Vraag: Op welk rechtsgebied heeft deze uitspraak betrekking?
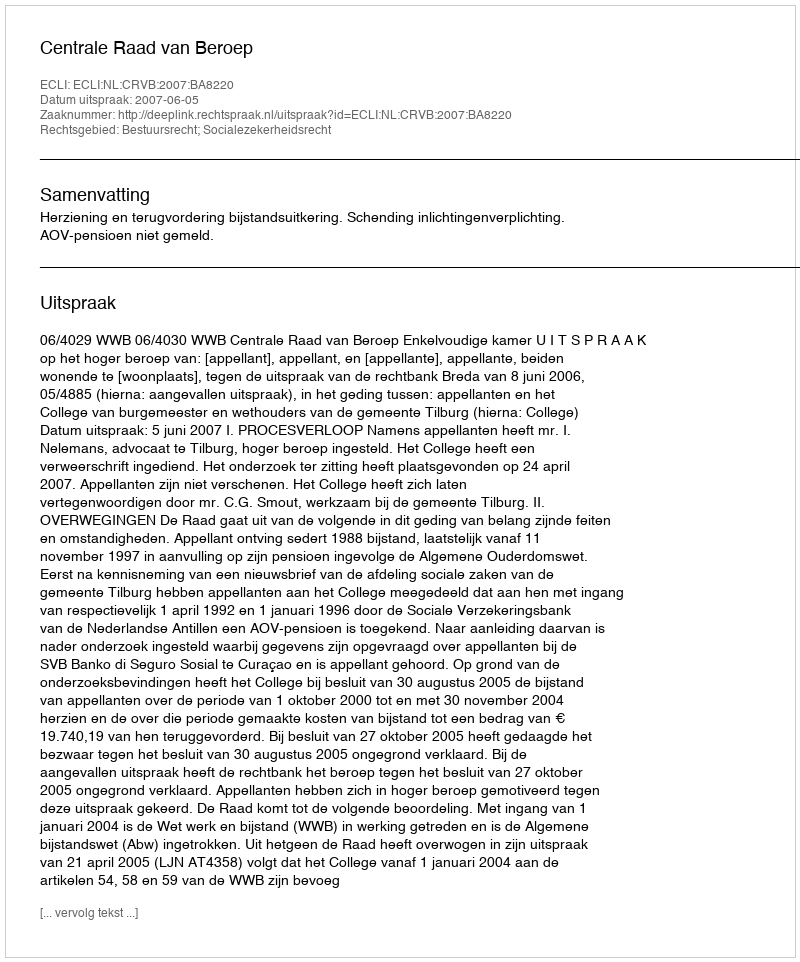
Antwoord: Bestuursrecht; Socialezekerheidsrecht